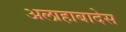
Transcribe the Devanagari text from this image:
अलाहाबादेस